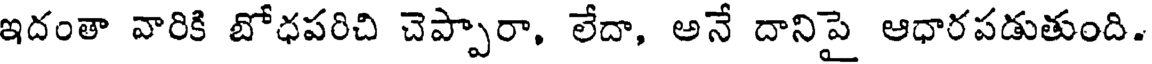
ఇదంతా వారికి బోధపరిచి చెప్పారా, లేదా, అనే దానిపై ఆధారపడుతుంది.